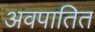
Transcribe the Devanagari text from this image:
अवपातित